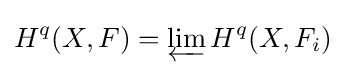
H^{q}(X,F)=\varprojlim H^{q}(X,F_{i})